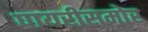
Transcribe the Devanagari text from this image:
पायरीसमोर